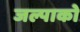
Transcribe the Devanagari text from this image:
जल्पाको